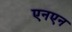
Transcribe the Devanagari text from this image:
एनएन